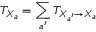
T _ { X _ { a } } = \sum _ { a ^ { \prime } } T _ { X _ { a ^ { \prime } } \rightarrow X _ { a } }